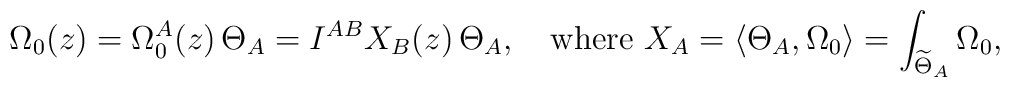
\Omega_0(z) = \Omega_0^A(z) \, \Theta_A = I^{AB} X_B(z) \, \Theta_A, \quad \mbox{where } X_A = \langle \Theta_A, \Omega_0 \rangle = \int_{\widetilde{\Theta}_A}\Omega_0,